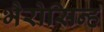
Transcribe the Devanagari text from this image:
भैरोसिन्ह